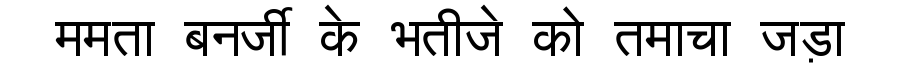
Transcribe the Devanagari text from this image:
ममता बनर्जी के भतीजे को तमाचा जड़ा